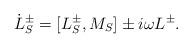
LaTeX: \begin{align*}\dot{L}_S^\pm = [L_S^\pm, M_S]\pm i\omega L^\pm.\end{align*}